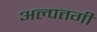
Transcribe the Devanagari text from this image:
अल्पतगी